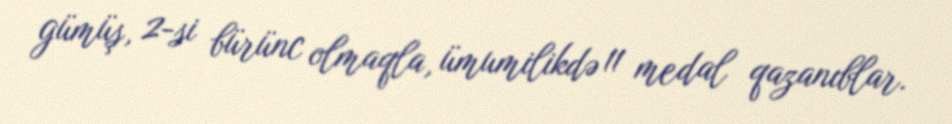
gümüş, 2-si bürünc olmaqla, ümumilikdə 11 medal qazanıblar.